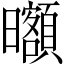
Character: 𣌔